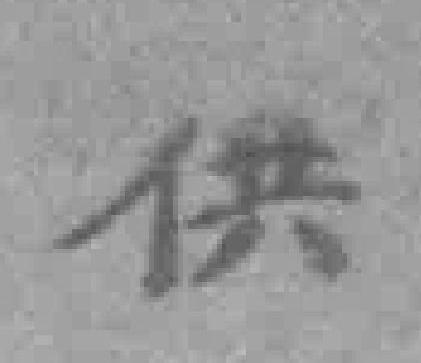
供